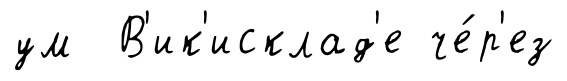
ум В'ик'исклад'е че́р'ез